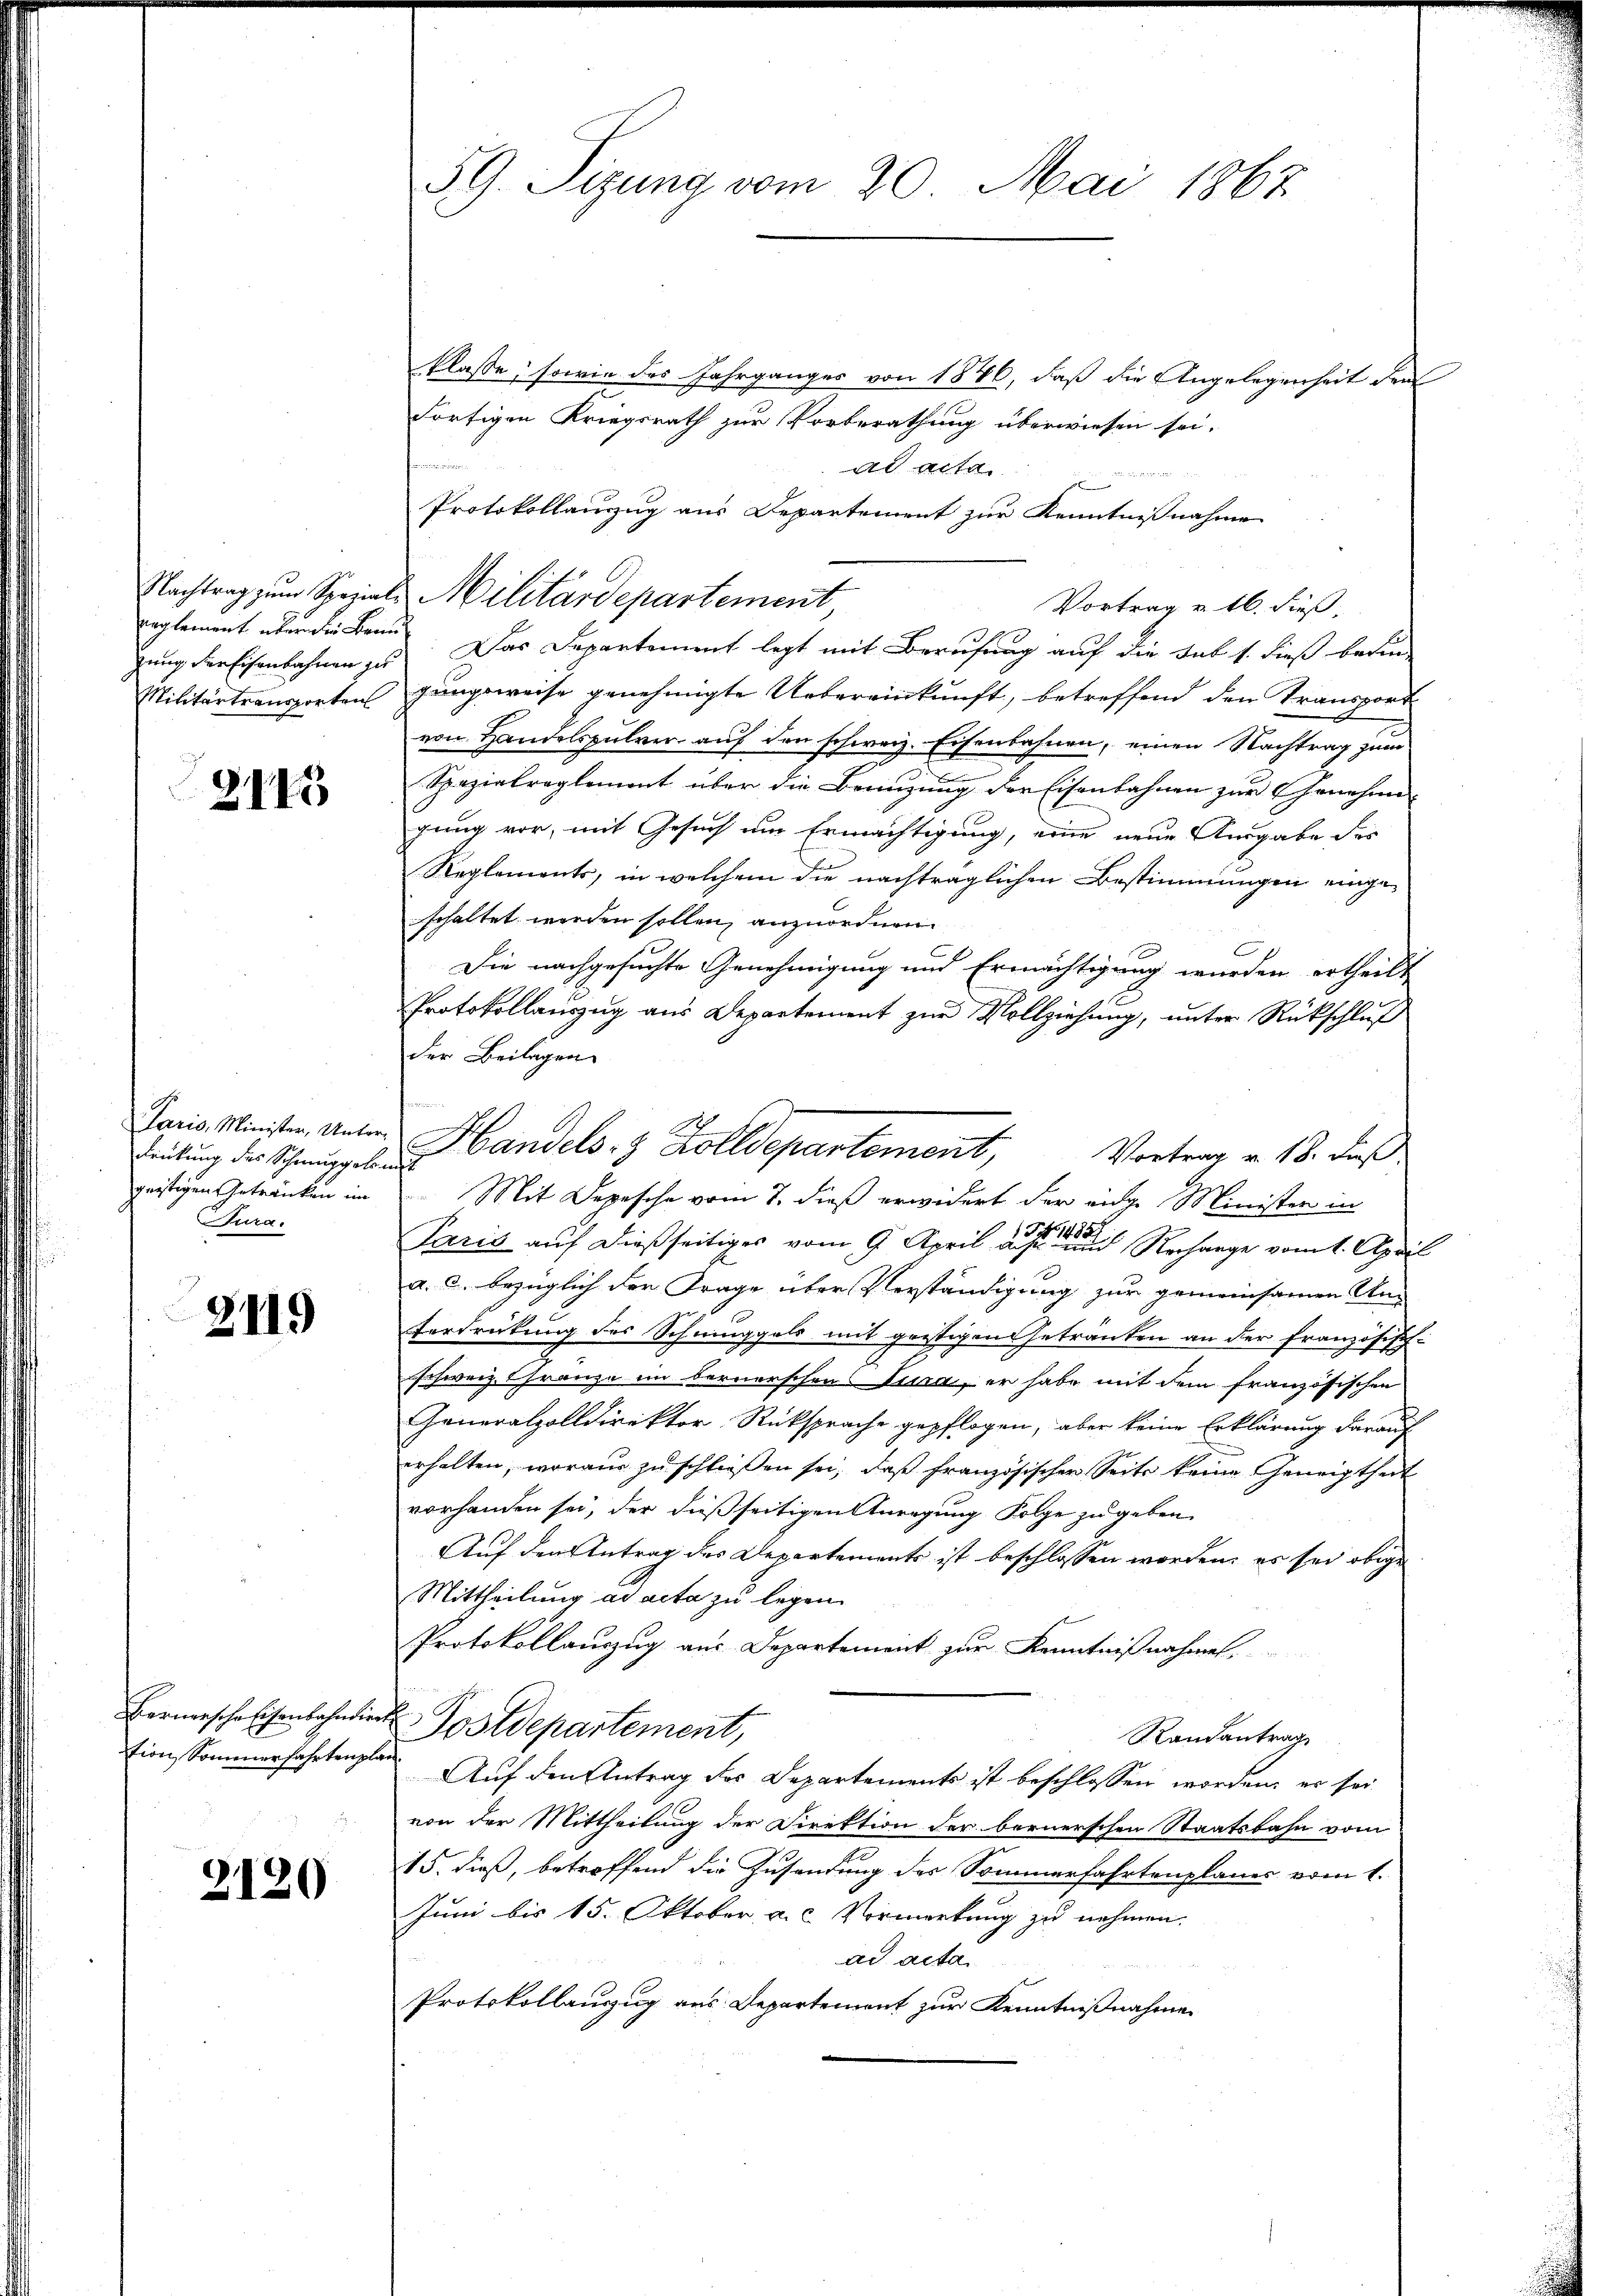
Reglement über die Bran

2115

Frickung des Schmuggetradit
geistigen Getränken im
Tura.

2119

2120

klasse, sowie des Jahrganges von 1876, daß die Angelegenheit den
Fortigen Kriegsrath zur Vorberathung überwiesen sei.

ad acta
Vortrag v. 16. dieß.
gung der Eisenbahnen zu Das Departement legt mit Berufung auf die Sub 1. dieß bedin-
Militärtransporten jungsweise genehmigte Uebereinkunft, betreffend den Transport
von Handelspulver, auf den schweiz. Eisenbahnen, einen Nachtrag zum
Spazialreglement über die Benuzung der Eisenbahnen zur Genehme
gung vor, mit Gesuch um Ermächtigung, eine neue Ausgabe des
Reglements, in welchem die nachträglichen Bestimmungen eingeschaltet werden sollen, anzuordnen.
Die nachgesuchte Genehmigung und Ermächtigung wurden ertheilt
Protokollauszug aus Departement zŭr Vollziehung, unter Rückschluß
der Beilagen
Mit Depesche vom 7. dieß erwidert der einge Minister in
Paris auf dießseitiges vom 9. April aus der Rechange vom 1. April
a. c. bezüglich der Frage über Verständigung zur gemeinsamen Unterdrückung des Schninggels mit geistigens Getränten an der Französisch-
schweiz. Gränze im bernerschen 110, er habe mit dem französischen
Generalzolldirektor Rücksprache gepflogen, aber keine Erklärung darauf
erhalten, woraus zu schließen sei, daß französischer Seite keine Geneigtheit
vorhanden sei, der dießseitigen Anregung Folge zu geben
Auf den Antrag des Departements ist beschlossen worden, es sei obige
Mittheilung ad acta zu legen.
Protokollauszug aus Departement zur Kenntnißnahmen
Hermesche Eisenbahndiert Postdepartement,
Randantrag
tions Sommerfahrten Auf den Antrag des Departements ist beschlossen worden, es sei
von der Mittheilung der Direktion der bernerschen Staatsbahn vom
15. dieß, betreffend die Zusendung des Sommerfahrtenplanes vom 1.
Juni bis 15. Oktober a. c. Vormerkung zu nehmen.
ad acta
Protokollauszug aus Departement zur Kenntnißnahme

59. Sizung vom 20. Mai 1867

Protokollauszug aus Departement zur Kenntnißnahme
Nachtrag zum Spezials Militärdepartement

Paris Minister, Unter Handels- & Zolldepartement, Vortrag v. 18. dieß